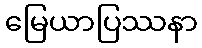
မြေယာပြဿနာ